Report on vaccination in the Province of Bengal - 1874-1889
Year: 1874
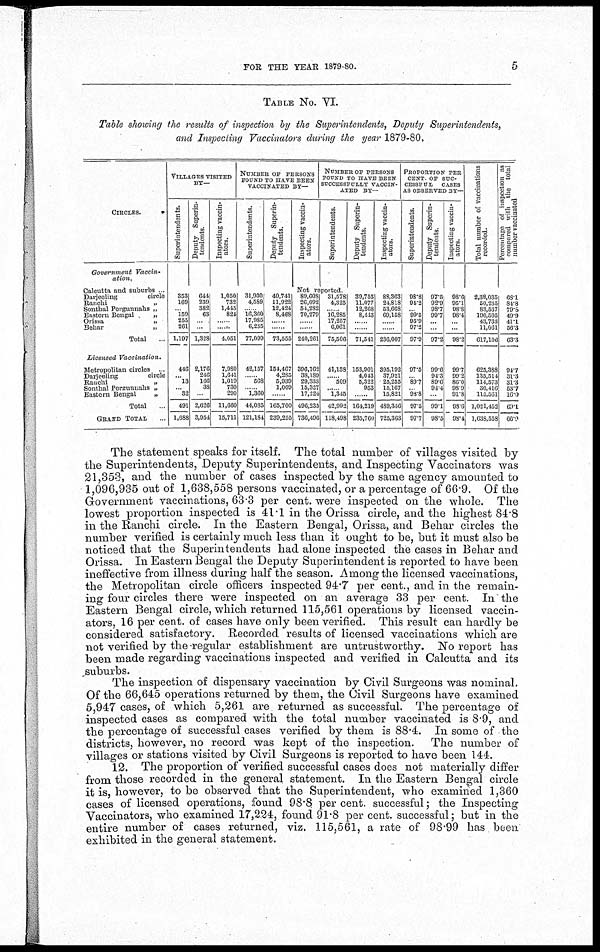
FOR THE YEAR 1879-80.
5
TABLE No. VI.
Table showing the results of inspection by the Superintendents, Deputy Superintendents,
and Inspecting Vaccinators during the year 1879-80.
CIRCLES.
Government
Vaccin-
ation.
Calcutta and suburbs ... ...
Darjeeling
circle
Ranchi...
...
Sonthal Pergunnahs „
Eastern Bengal
„
Orissa
„
Behar
„
...
Total.
Incensed
Vaccination.
Metropolitan circles
..
Darjeeling
circle
Ranchi „
Sonthal Pergunnahs „
Eastern Bengal
„
Total..
GRAND TOTAL...
VILLAGES VISITED
BY—
Superintendents.
353
169
.. 159
255
261
1,197
446
...
13
.. 32
491
1,688
Deputy Superin-
tendents
644
239
382
63
. ...
1,328
2,176
246
166
38
.
2,626
3,954
Inspecting vaccin-
ators.
1,050
732
1,415
824
...
.. .
4,051
7,980
1,641
1,019
730
290
11,660
15,711
NUMBER OF PERSONS
SOUND TO HAVE BEEN
VACCINATED BY—
Superintendents.
31,930
4,589
...
16,360
17,985
6,235
77,099
42,157
...
568
...
1,360
44,085
121,184
Deputy Superin-
tendents.
40,741
11,922
12,424
8,468
.. ..
...
73,555
154,467
4,283
5,939
1,009
.
165,700
239,255
Inspecting vaccin-
ators.
NUMBER OF PERSONS
FOUND TO HAVE BEEN
SUCCESSFULLY VACCIN-
ATED BY—
Superintendents.
Not reported
89,608
26,092
54,282
70,279
...
...
240,261
396,162
38,189
29,333
15,327
17,224
496,235
736,496
31,578
4,325
...
16,285
17,257
6,061
75,506
41,138
...
509
...... 1,345
42,992
118,498
Deputy Superin-
tendents.
39,753
11,077
12,268
8,443
...
...
71,541
153,901
4,043
5,322
953
...
164,219
235,760
Inspecting vaccin-
ators.
88,363
24,818
53,668
69,158
...
...
236,007
395,192
37,921
25,255
15,167
15,821
489,356
725,363
PROPORTION PER
CENT OF SUC-
------- CASES
AS OBSERVED BY—
Superintendents.
98.8
94.2
. 99.5
95.9
97.2
97.9
97.5
. 89.7
...
98.8
97.5
97.7
Deputy Superin-
tendents.
97.5
92.9
98.7
99.7
...
...
97.2
99.6
94.3
89.6
94.4
.
99.1
98.5
Inspecting vaccin-
ators.
98.6
95.1
98.8
98.4
.. ...
98.2
99.7
99.2
86.0
98.9
91.8
98.6
93.4
Total number of vaccinations
recorded.
2,33,035
50,235
83,537
190,505
43,733
11,061
617,106
625,388
135,514
114,573
30,416
115,561
1,021,452
1,638,558
Percentage of inspection as
compared with the total
number vaccinated
68.1
84.8
79.8
49.9
41.1
56.3
63.3
94.7
31.3
31.3
53.7
16.0
69.1
66.9
The statement speaks for itself. The total number of villages visited by
the Superintendents, Deputy Superintendents, and Inspecting Vaccinators was
21,353, and the number of cases inspected by the same agency amounted to
1,096,935 out of 1,638,558 persons vaccinated, or a percentage of 66.9. Of the
Government vaccinations, 63.3 per cent. were inspected on the whole. The
lowest proportion inspected is 41.1 in the Orissa circle, and the highest 84.8
in the Ranchi circle. In the Eastern Bengal, Orissa, and Behar circles the
number verified is certainly much less than it ought to be, but it must also be
noticed that the Superintendents had alone inspected the cases in Behar and
Orissa. In Eastern Bengal the Deputy Superintendent is reported to have been
ineffective from illness during half the season. Among the licensed vaccinations,
the Metropolitan circle officers inspected 94.7 per cent., and in the remain-
ing four circles there were inspected on an average 33 per cent. In the
Eastern Bengal circle, which returned 115,561 operations by licensed vaccin-
ators, 16 per cent. of cases have only been verified. This result can hardly be
considered satisfactory. Recorded results of licensed vaccinations which are
not verified by the regular establishment are untrustworthy. No report has
been made regarding vaccinations inspected and verified in Calcutta and its
suburbs.
The inspection of dispensary vaccination by Civil Surgeons was nominal.
Of the 66,645 operations returned by them, the Civil Surgeons have examined
5,947 cases, of which 5,261 are returned as successful. The percentage of
inspected cases as compared with the total number vaccinated is 8.9, and
the percentage of successful cases verified by them is 88.4. In some of the
districts, however, no record was kept of the inspection. The number of
villages or stations visited by Civil Surgeons is reported to have been 144.
12. The proportion of verified successful cases does not materially differ
from those recorded in the general statement. In the Eastern Bengal circle
it is, however, to be observed that the Superintendent, who examined 1,360
cases of licensed operations, found 98.8 per cent. successful ; the Inspecting
Vaccinators, who examined 17,224, found 91.8 per cent. successful; but in the
entire number of cases returned, viz. 115,561, a rate of 98.99 has been
exhibited in the general statement.